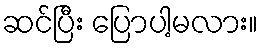
ဆင်ပြီး ပြောပါ့မလား။